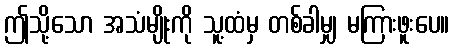
ဤသို့သော အသံမျိုးကို သူ့ထံမှ တစ်ခါမျှ မကြားဖူးပေ။